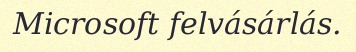
Microsoft felvásárlás.